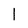
Character: l